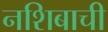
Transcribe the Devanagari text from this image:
नशिबाची